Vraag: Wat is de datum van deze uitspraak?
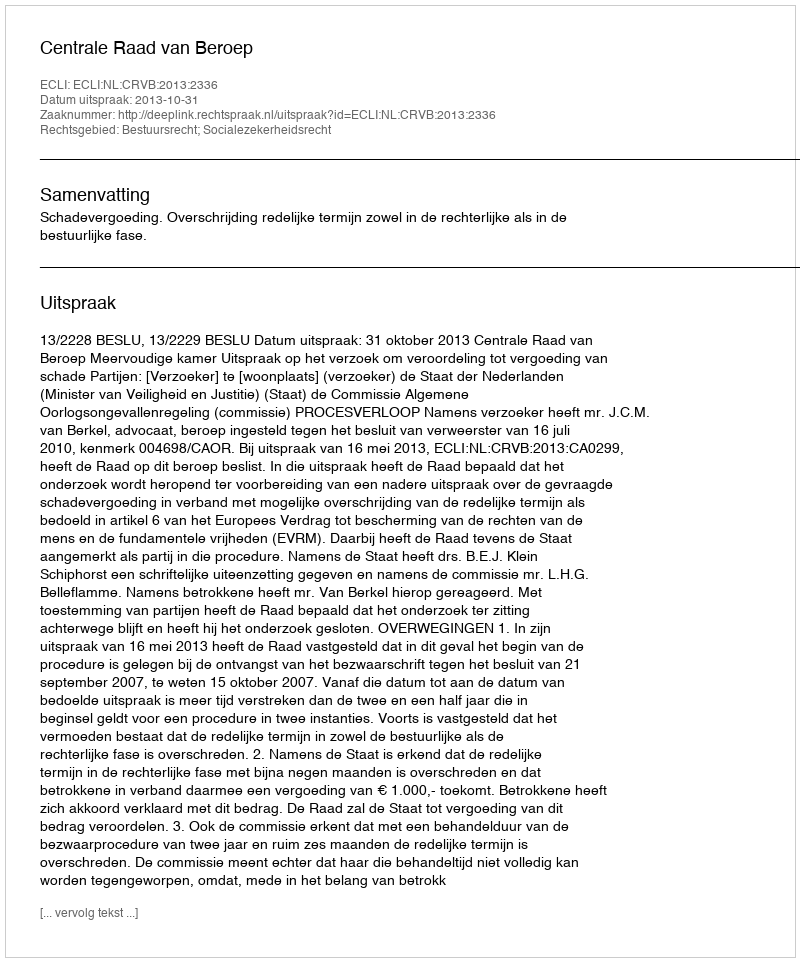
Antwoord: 2013-10-31